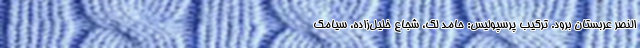
النصر عربستان برود. ترکیب پرسپولیس: حامد لک، شجاع خلیل‌زاده، سیامک